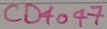
Text: CD4077